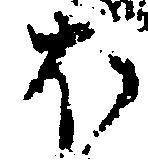
ほ